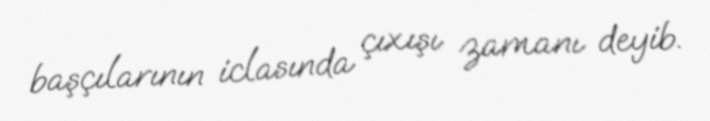
başçılarının iclasında çıxışı zamanı deyib.